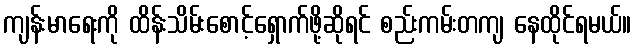
ကျန်းမာရေးကို ထိန်းသိမ်းစောင့်ရှောက်ဖို့ဆိုရင် စည်းကမ်းတကျ နေထိုင်ရမယ်။